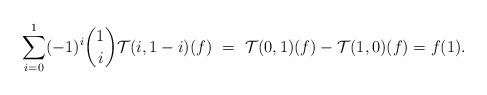
LaTeX: \begin{align*} \sum_{i=0}^1 (-1)^i \binom{1}{i} \mathcal{T}(i, 1-i)(f) \ &= \ \mathcal{T}(0, 1)(f) - \mathcal{T}(1, 0)(f) = f(1) . \end{align*}